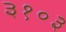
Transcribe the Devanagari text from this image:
३१०३